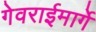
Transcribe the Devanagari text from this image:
गेवराईमार्गे